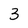
Character: 3